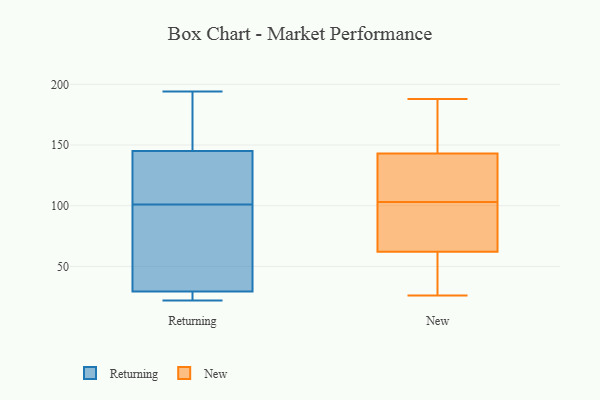
{"axis": {"x": "Humidity (%)", "y": "Value"}, "legend": ["New", "Returning"], "data": [{"x": "", "y": 142, "type": "Returning"}, {"x": "", "y": 165, "type": "Returning"}, {"x": "", "y": 101, "type": "Returning"}, {"x": "", "y": 23, "type": "Returning"}, {"x": "", "y": 113, "type": "Returning"}, {"x": "", "y": 23, "type": "Returning"}, {"x": "", "y": 100, "type": "Returning"}, {"x": "", "y": 22, "type": "Returning"}, {"x": "", "y": 194, "type": "Returning"}, {"x": "", "y": 45, "type": "Returning"}, {"x": "", "y": 24, "type": "Returning"}, {"x": "", "y": 183, "type": "Returning"}, {"x": "", "y": 146, "type": "Returning"}, {"x": "", "y": 51, "type": "Returning"}, {"x": "", "y": 121, "type": "Returning"}, {"x": "", "y": 26, "type": "New"}, {"x": "", "y": 177, "type": "New"}, {"x": "", "y": 77, "type": "New"}, {"x": "", "y": 47, "type": "New"}, {"x": "", "y": 188, "type": "New"}, {"x": "", "y": 113, "type": "New"}, {"x": "", "y": 150, "type": "New"}, {"x": "", "y": 83, "type": "New"}, {"x": "", "y": 117, "type": "New"}, {"x": "", "y": 93, "type": "New"}, {"x": "", "y": 136, "type": "New"}, {"x": "", "y": 28, "type": "New"}]}